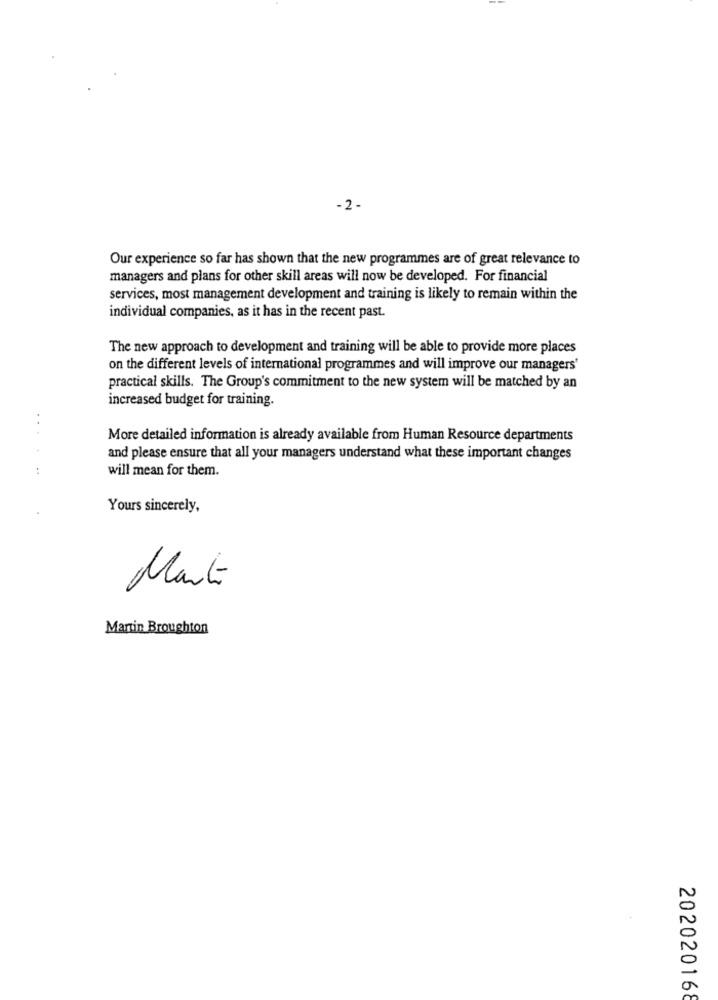
-2 -
Our experience so far has shown that the new programmes are of great relevance to
managers and plans for other skill areas will now be developed. For financial
services, most management development and training is likely to remain within the
individual companies, as it has in the recent past.
The new approach to development and training will be able to provide more places
on the different levels of international programmes and will improve our managers'
practical skills. The Group's commitment to the new system will be matched by an
increased budget for training.
...
More detailed information is already available from Human Resource departments
and please ensure that all your managers understand what these important changes
:
will mean for them.
Yours sincerely,
Mart
Martin Broughton
202020168